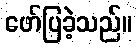
ဖော်ပြခဲ့သည်။